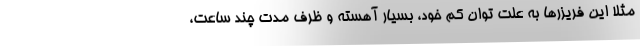
مثلا این فریزرها به علت توان کم خود، بسیار آهسته و ظرف مدتِ چند ساعت،